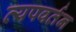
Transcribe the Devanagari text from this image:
व्यपवर्तन